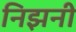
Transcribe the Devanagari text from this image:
निझनी